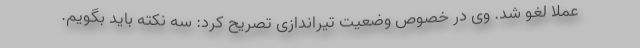
عملا لغو شد. وی در خصوص وضعیت تیراندازی تصریح کرد: سه نکته باید بگویم.